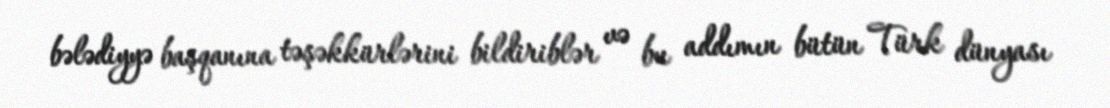
bələdiyyə başqanına təşəkkürlərini bildiriblər və bu addımın bütün Türk dünyası